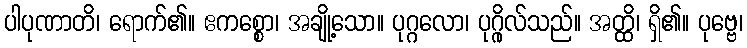
ပါပုဏာတိ၊ ရောက်၏။ ဧကစ္စော၊ အချို့သော။ ပုဂ္ဂလော၊ ပုဂ္ဂိုလ်သည်။ အတ္ထိ၊ ရှိ၏။ ပုဗ္ဗေ၊